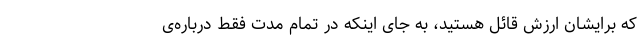
که برایشان ارزش قائل هستید، به جای اینکه در تمام مدت فقط درباره‌ی